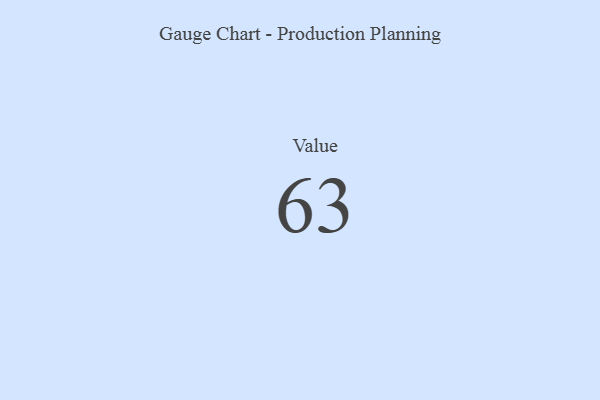
{"axis": {"x": "Metric", "y": "Value"}, "legend": [""], "data": [{"x": "Value", "y": 63, "type": ""}]}